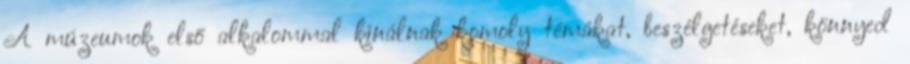
A múzeumok első alkalommal kínálnak komoly témákat, beszélgetéseket, könnyed